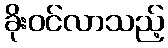
ခိုးဝင်လာသည့်